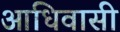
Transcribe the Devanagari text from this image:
आधिवासी